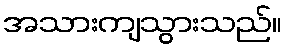
အသားကျသွားသည်။